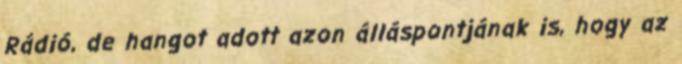
Rádió, de hangot adott azon álláspontjának is, hogy az